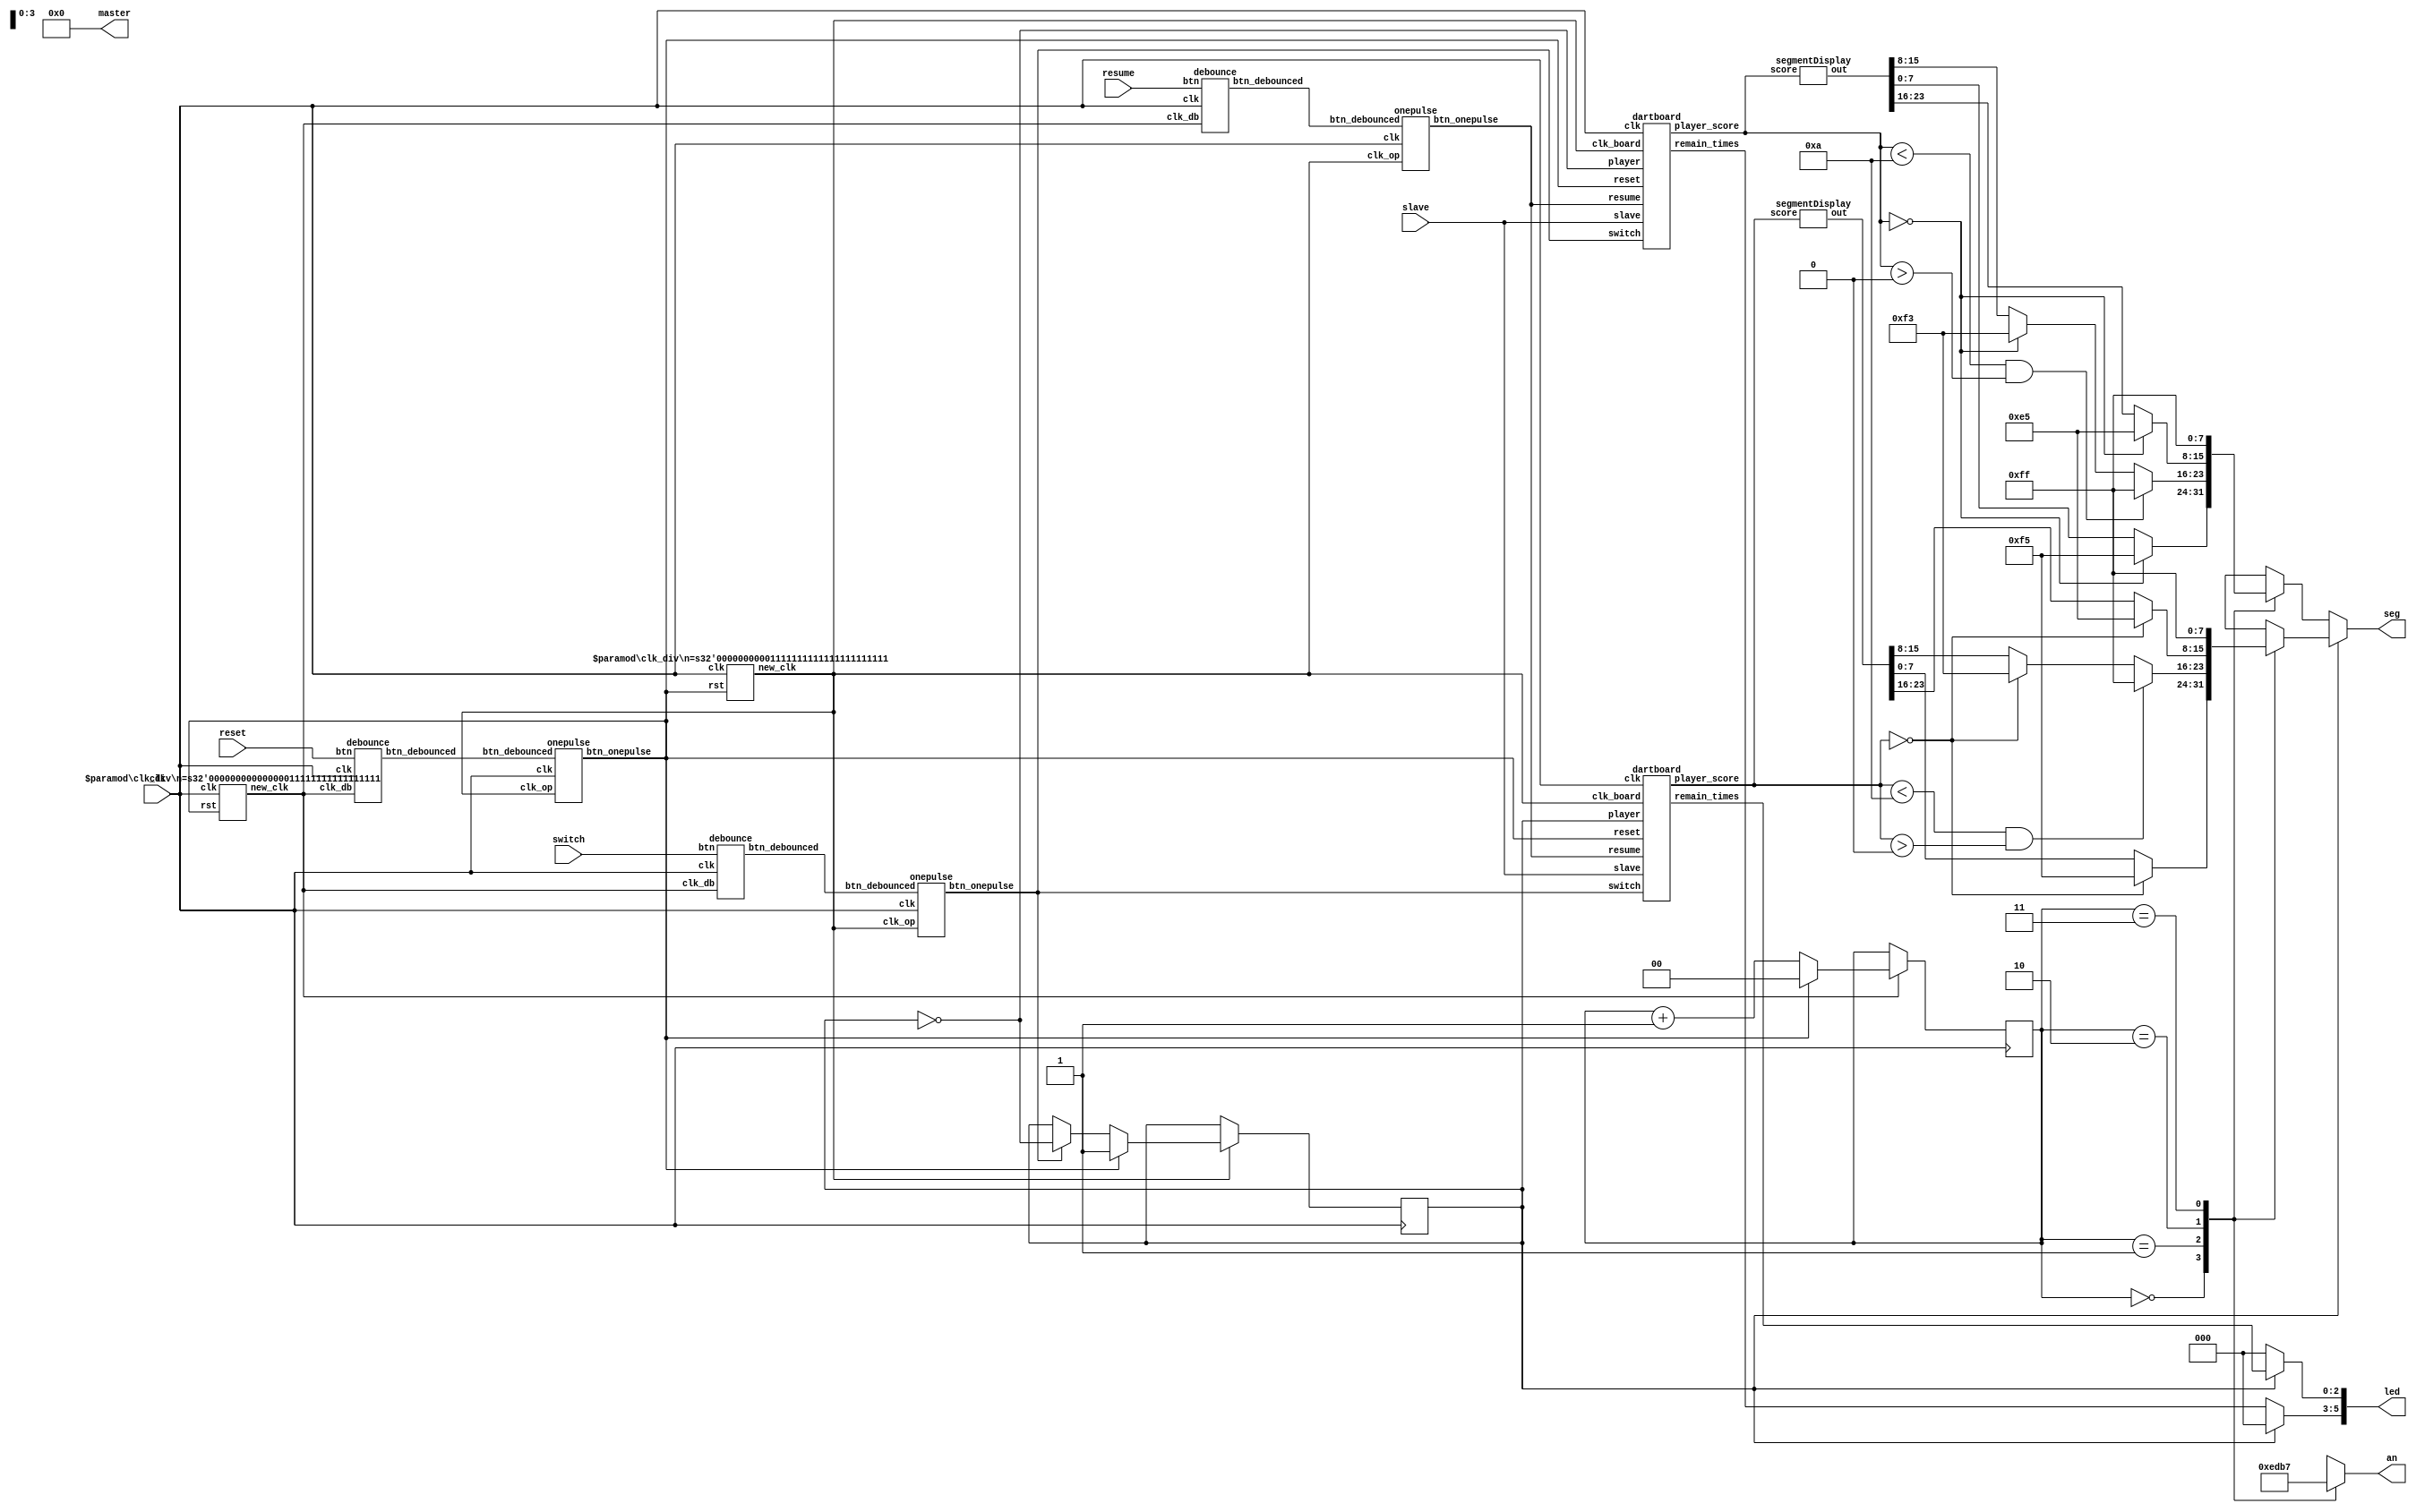
`timescale 1ns/1ps

module top(clk, master, slave, led, an, seg, reset, switch, resume);
    input clk, reset, switch, resume;
    input [6:0] slave;
    output reg [5:0] led;
    output reg[3:0] an;
    output reg[7:0] seg;
    output [9:0] master;


    wire rst_db, rst_op, switch_db, switch_op, resume_db, resume_op;
    wire clk17, clk22;
    wire [9:0] player0_score, player1_score;
    wire [5:0] led_tmp; //[5:3] for player1, [2:0] for player0
    wire [23:0] out_0, out_1; // connect segmentDisplay

    reg [1:0]count;
    reg player; // player0 and player1


    clk_div #(.n(2**17-1)) clk_17 (clk, rst_op, clk17);
    clk_div #(.n(2**22-1)) clk_22 (clk, rst_op, clk22);

    debounce rstdb(clk, clk17, reset, rst_db);
    onepulse rstop(clk, clk22, rst_db, rst_op);
    debounce switchdb(clk, clk17, switch, switch_db);
    onepulse switchop(clk, clk22, switch_db, switch_op);
    debounce resumedb(clk, clk17, resume, resume_db);
    onepulse resumeop(clk, clk22, resume_db, resume_op);

    dartboard player_0( .clk(clk), .clk_board(clk22), .reset(rst_op), .switch(switch_op), .resume(resume_op), .slave(slave), .player(player),
                            .player_score(player0_score), .remain_times(led_tmp[2:0]) );

    dartboard player_1( .clk(clk), .clk_board(clk22), .reset(rst_op), .switch(switch_op), .resume(resume_op), .slave(slave), .player(~player),
                            .player_score(player1_score), .remain_times(led_tmp[5:3]) );

    segmentDisplay dis_0(.score(player0_score), .out(out_0));
    segmentDisplay dis_1(.score(player1_score), .out(out_1)); 

    assign master = 10'b0;

    always@(posedge clk) begin
        if(clk22) begin
            if(rst_op) begin
                player <= 1'b1;
            end
            else begin
                if(switch_op) player <= ~player;
                else    player <= player;
            end
        end
    end

    always@(*) begin
        if(player) begin
            led[2:0] = led_tmp[2:0];
            led[5:3] = 3'b000;
        end
        else begin
            led[2:0] = 3'b000;
            led[5:3] = led_tmp[5:3];
        end
    end


    always @(posedge clk) begin
        if(clk17) begin
            if(rst_op) begin
                count <= 2'b0;
            end
            else begin
                count <= count+1'b1;
            end
        end
        else begin
        end
    end
    always @(*)begin
        if(player) begin
            case(count)
                2'b00:begin
                    seg = (player0_score==10'd0)? 8'b11110101 : out_0[7:0]; //r
                    an = 4'b1110;
                end
                2'b01:begin
                    if(player0_score<10'd10 && player0_score>10'd0) seg = 8'b11111111;
                    else if (player0_score==8'd0) seg = 8'b11110011; //l
                    else seg = out_0[15:8];
                    an = 4'b1101;
                end
                2'b10:begin
                    seg = (player0_score==10'd0)? 8'b11100101 : out_0[23:16]; //c
                    an = 4'b1011;
                end
                2'b11:begin
                    seg = 8'b11111111;
                    an = 4'b0111;
                end
                default:begin
                    seg = 8'b11111111;
                    an = 4'b1111;
                end
            endcase
        end
        else begin
            case(count)
                2'b00:begin
                    seg = (player1_score==10'd0)? 8'b11110101 : out_1[7:0];
                    an = 4'b1110;
                end
                2'b01:begin
                    if(player1_score<10'd10 && player1_score>10'd0) seg = 8'b11111111;
                    else if (player1_score==10'd0) seg = 8'b11110011;
                    else seg = out_1[15:8];
                    an = 4'b1101;
                end
                2'b10:begin
                    seg = (player1_score==10'd0)? 8'b11100101 : out_1[23:16];
                    an = 4'b1011;
                end
                2'b11:begin
                    seg = 8'b11111111;
                    an = 4'b0111;
                end
                default:begin
                    seg = 8'b11111111;
                    an = 4'b1111;
                end
            endcase
        end
    end

endmodule


module segmentDisplay(score, out);
    input [9:0] score;
    output [23:0] out;

    wire [3:0] num_hun,num_ten,num_one;
    reg [7:0] hun, ten, one;

    assign num_hun = score/100;
    assign num_ten = score/10%10;
    assign num_one = score%10;
    assign out = {hun, ten, one};

    always @(*) begin
        case (num_hun)
            4'd0 : hun = 8'b11111111;	
            4'd1 : hun = 8'b10011111;                                                   
            4'd2 : hun = 8'b00100101;                                                   
            4'd3 : hun = 8'b00001101;                                                
            4'd4 : hun = 8'b10011001;                                                  
            4'd5 : hun = 8'b01001001; 
            4'd11: hun = 8'b11100101;                                                 
            default : hun = 8'b11111111;
        endcase
    end

    always @(*) begin
        case (num_ten)
            4'd0 : ten = 8'b00000011;	
            4'd1 : ten = 8'b10011111;                                                   
            4'd2 : ten = 8'b00100101;                                                   
            4'd3 : ten = 8'b00001101;                                                
            4'd4 : ten = 8'b10011001;                                                  
            4'd5 : ten = 8'b01001001;                                                  
            4'd6 : ten = 8'b01000001;   
            4'd7 : ten = 8'b00011111;   
            4'd8 : ten = 8'b00000001;   
            4'd9 : ten = 8'b00001001;
            4'd11: ten = 8'b11110011;
//            10 : ten = 8'b00000011;
            default : ten = 8'b00000011;
        endcase
    end
    always @(*) begin
        case (num_one)
            4'd0 : one = 8'b00000011;	
            4'd1 : one = 8'b10011111;                                                   
            4'd2 : one = 8'b00100101;                                                   
            4'd3 : one = 8'b00001101;                                                
            4'd4 : one = 8'b10011001;                                                  
            4'd5 : one = 8'b01001001;                                                  
            4'd6 : one = 8'b01000001;   
            4'd7 : one = 8'b00011111;   
            4'd8 : one = 8'b00000001;   
            4'd9 : one = 8'b00001001;
            4'd11: one = 8'b11110101;
            default : one = 8'b11111111;
        endcase
    end
endmodule

module dartboard(clk, clk_board, reset, switch, resume, slave, player, player_score, remain_times);
    input clk, clk_board, reset, switch, resume, player;
    input [6:0] slave;
    output reg [9:0] player_score;
    output reg [2:0] remain_times;

    reg [2:0] state, next_state;
    reg [9:0] score, next_score;
    reg [2:0] next_remain;

    parameter WAIT = 3'b000;
    parameter CNT = 3'b001;
    parameter HOLD = 3'b010;
    parameter SWITCH = 3'b011;
    parameter FINISH = 3'b100;

    always@(posedge clk) begin
        if(clk_board) begin
            if(reset) begin
                state <= WAIT;
                player_score <= 10'd101;
                remain_times <= 3'b111;
            end
            else begin
                state <= next_state;
                player_score <= next_score;
                remain_times <= next_remain;
            end
        end
        else begin
        end
    end

    always@(*) begin
        if(player) begin
            case(state)
            WAIT:begin
                next_score = player_score;
                next_remain = remain_times;
                if(slave==7'b1011111)begin//5
                    next_state = CNT;
                    score = 10'd2;
                end
                else if(slave==7'b1111101)begin//1
                    next_state = CNT;
                    score = 10'd2;
                end
                else if(slave==7'b1101111)begin//4
                    next_state = CNT;
                    score = 10'd1;
                end
                else if(slave==7'b1111011)begin//2
                    next_state = CNT;
                    score = 10'd1;
                end
                else if(slave==7'b1110111)begin//3
                    next_state = CNT;
                    score = 10'd10;
                end
                else if(slave==7'b0111111)begin//6
                    next_state = CNT;
                    score = 10'd3;
                end
                else if(slave==7'b1111110)begin//0
                    next_state = CNT;
                    score = 10'd3;
                end 
                else begin
                    next_state = WAIT;
                    score = 10'd0;
                end
            end
            CNT:begin
                next_score = (player_score>=score) ? player_score-score : player_score;
                if((player_score-score)==10'd0)begin
                    next_state = FINISH;
                end
                else begin 
                    if(remain_times==3'b111) begin
                        next_remain = 3'b011;
                        next_state = HOLD;
                    end
                    else if(remain_times==3'b011) begin
                        next_remain = 3'b001;
                        next_state = HOLD;
                    end
                    else if(remain_times==3'b001) begin
                        next_remain = 3'b000;
                        next_state = SWITCH;
                    end
                    else begin
                        next_remain = 3'b000;
                        next_state = HOLD;
                    end
                end
            end
            HOLD:begin
                next_score = player_score;
                next_remain = remain_times;
                next_state = (resume)?WAIT:HOLD;
            end
            SWITCH:begin//next player
                if(switch) begin
                    next_remain = 3'b111;
                    next_score = player_score;
                    next_state = WAIT;
                end else begin
                    next_remain = remain_times;
                    next_score = player_score;
                    next_state = SWITCH;
                end
            end
            FINISH:begin
                if(player_score==10'd0) next_remain = 3'b111;
                else    next_remain = 3'b111;
                next_score = player_score;
                next_state = FINISH;
            end
            default:begin
                next_remain = remain_times;
                next_score = player_score;
                next_state = state;
            end
            endcase
        end
        else begin
            next_remain = remain_times;
            next_score = player_score;
            next_state = state;
        end
    end
endmodule


module clk_div #(parameter n=(10**7-1)) (clk, rst, new_clk);
input clk, rst;
output new_clk;
reg [32-1:0] cnt;
wire [32-1:0] next_cnt;

    always@(posedge clk)begin
        if(rst) begin
            cnt <= 0;
        end
        else begin
            cnt <= next_cnt;
        end
    end

    assign next_cnt = (cnt==n)?0:cnt+1;
    assign new_clk = (cnt==0)?1'b1:1'b0;
endmodule



module debounce (clk, clk_db, btn, btn_debounced);
input clk, clk_db, btn;
output btn_debounced;
reg [2:0] dff;

    always@(posedge clk) begin
        if(clk_db) begin
            dff[2:1] <= dff[1:0];
            dff[0] <= btn;
        end
    end

    assign btn_debounced = (dff==3'b111) ? 1'b1 : 1'b0;


endmodule


module onepulse (clk, clk_op, btn_debounced, btn_onepulse);
input clk, clk_op, btn_debounced;
output reg btn_onepulse;
reg debounced_delay;

    always@(posedge clk) begin
        if(clk_op) begin
            btn_onepulse <= btn_debounced & (!debounced_delay);
            debounced_delay <= btn_debounced;
        end
    end

endmodule